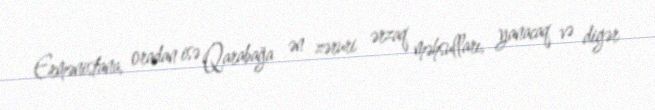
Ermənistana, oradan isə Qarabağa ən zəruri ərzaq məhsulları, yanacaq və digər